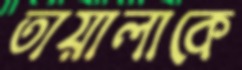
তায়ালাকে